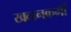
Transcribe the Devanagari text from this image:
खदानकर्मी